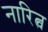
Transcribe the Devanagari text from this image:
नारित्व